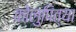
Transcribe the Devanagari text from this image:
कोलुपित्या